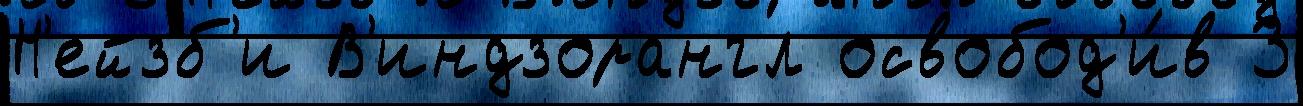
Н'ейзб'и В'индзорангл освобод'и́в 3